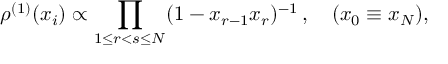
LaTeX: \rho ^ { ( 1 ) } ( x _ { i } ) \propto \prod _ { 1 \leq r < s \leq N } ( 1 - x _ { r - 1 } x _ { r } ) ^ { - 1 } \, , \quad ( x _ { 0 } \equiv x _ { N } ) ,